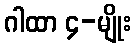
ဂါထာ ၄-မျိုး